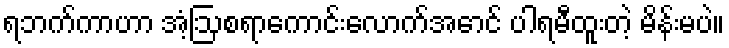
ရဘက်ကာဟာ အံ့ဩစရာကောင်းလောက်အောင် ပါရမီထူးတဲ့ မိန်းမပဲ။